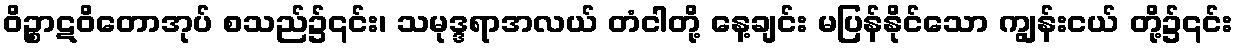
ဝိဉ္စာဋဝိတောအုပ် စသည်၌၎င်း၊ သမုဒ္ဒရာအလယ် တံငါတို့ နေ့ချင်း မပြန်နိုင်သော ကျွန်းငယ် တို့၌၎င်း